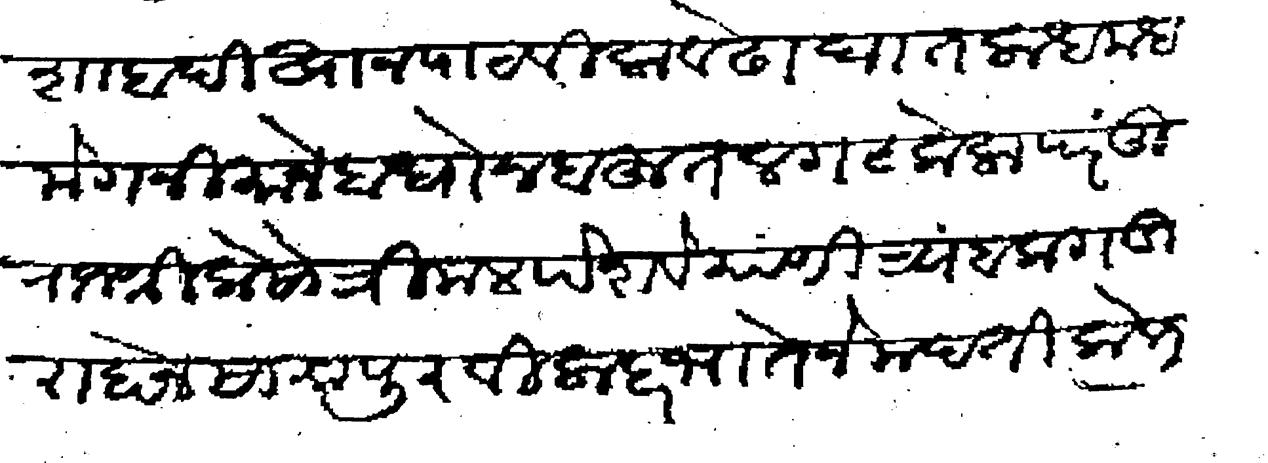
Transliteration (Devanagari): शाबादीखान पाठविला वेढा घातला धमधमे गनीमाने बांधोन बहुत लगट केला परंतु राजश्री केसो त्रिमल पेशवे यांणी त्र्यंबकगडी राहोन सामा पुरविला हरभातेने मदती केली